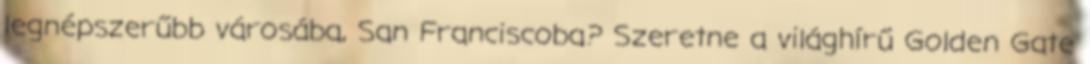
legnépszerűbb városába, San Franciscoba? Szeretne a világhírű Golden Gate